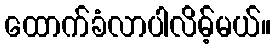
ထောက်ခံလာပါလိမ့်မယ်။